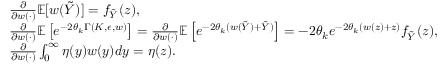
\begin{array} { r l } & { \frac { \partial } { \partial w ( \cdot ) } { \mathbb { E } } [ w ( \tilde { Y } ) ] = f _ { \tilde { Y } } ( z ) , } \\ & { \frac { \partial } { \partial w ( \cdot ) } { \mathbb { E } } \left[ e ^ { - 2 \theta _ { k } \Gamma ( K , \epsilon , w ) } \right] = \frac { \partial } { \partial w ( \cdot ) } { \mathbb { E } } \left[ e ^ { - 2 \theta _ { k } ( w ( \tilde { Y } ) + \tilde { Y } ) } \right] = - 2 \theta _ { k } e ^ { - 2 \theta _ { k } ( w ( z ) + z ) } f _ { \tilde { Y } } ( z ) , } \\ & { \frac { \partial } { \partial w ( \cdot ) } \int _ { 0 } ^ { \infty } \eta ( y ) w ( y ) d y = \eta ( z ) . } \end{array}